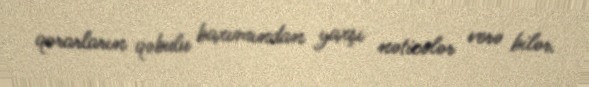
qərarların qəbulu baxımından yaxşı nəticələr verə bilər.